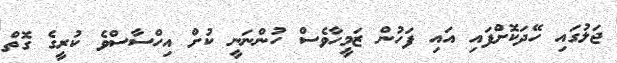
ޖަލުގައި ހޭދަކޮށްފައި އައި ފަހުން ޒަމީހާވެސް ހުންނަނީ ކުށް އިހްސާސްވެ ކުރީގެ ގޮތް